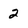
Character: 2